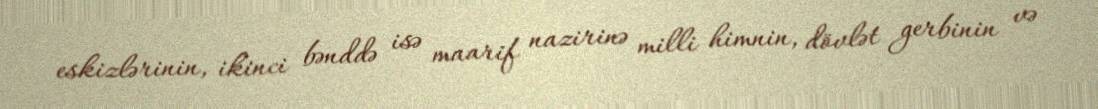
eskizlərinin, ikinci bənddə isə maarif nazirinə milli himnin, dövlət gerbinin və